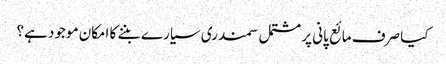
کیا صرف مائع پانی پر مشتمل سمندری سیارے بننے کا امکان موجود ہے؟